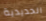
الحديدية